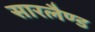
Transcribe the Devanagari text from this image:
सारलैण्ड